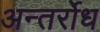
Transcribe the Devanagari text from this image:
अन्तर्रोध